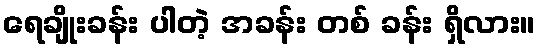
ရေချိုးခန်း ပါတဲ့ အခန်း တစ် ခန်း ရှိလား။